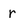
Character: r